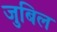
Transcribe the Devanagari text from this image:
जुबिल